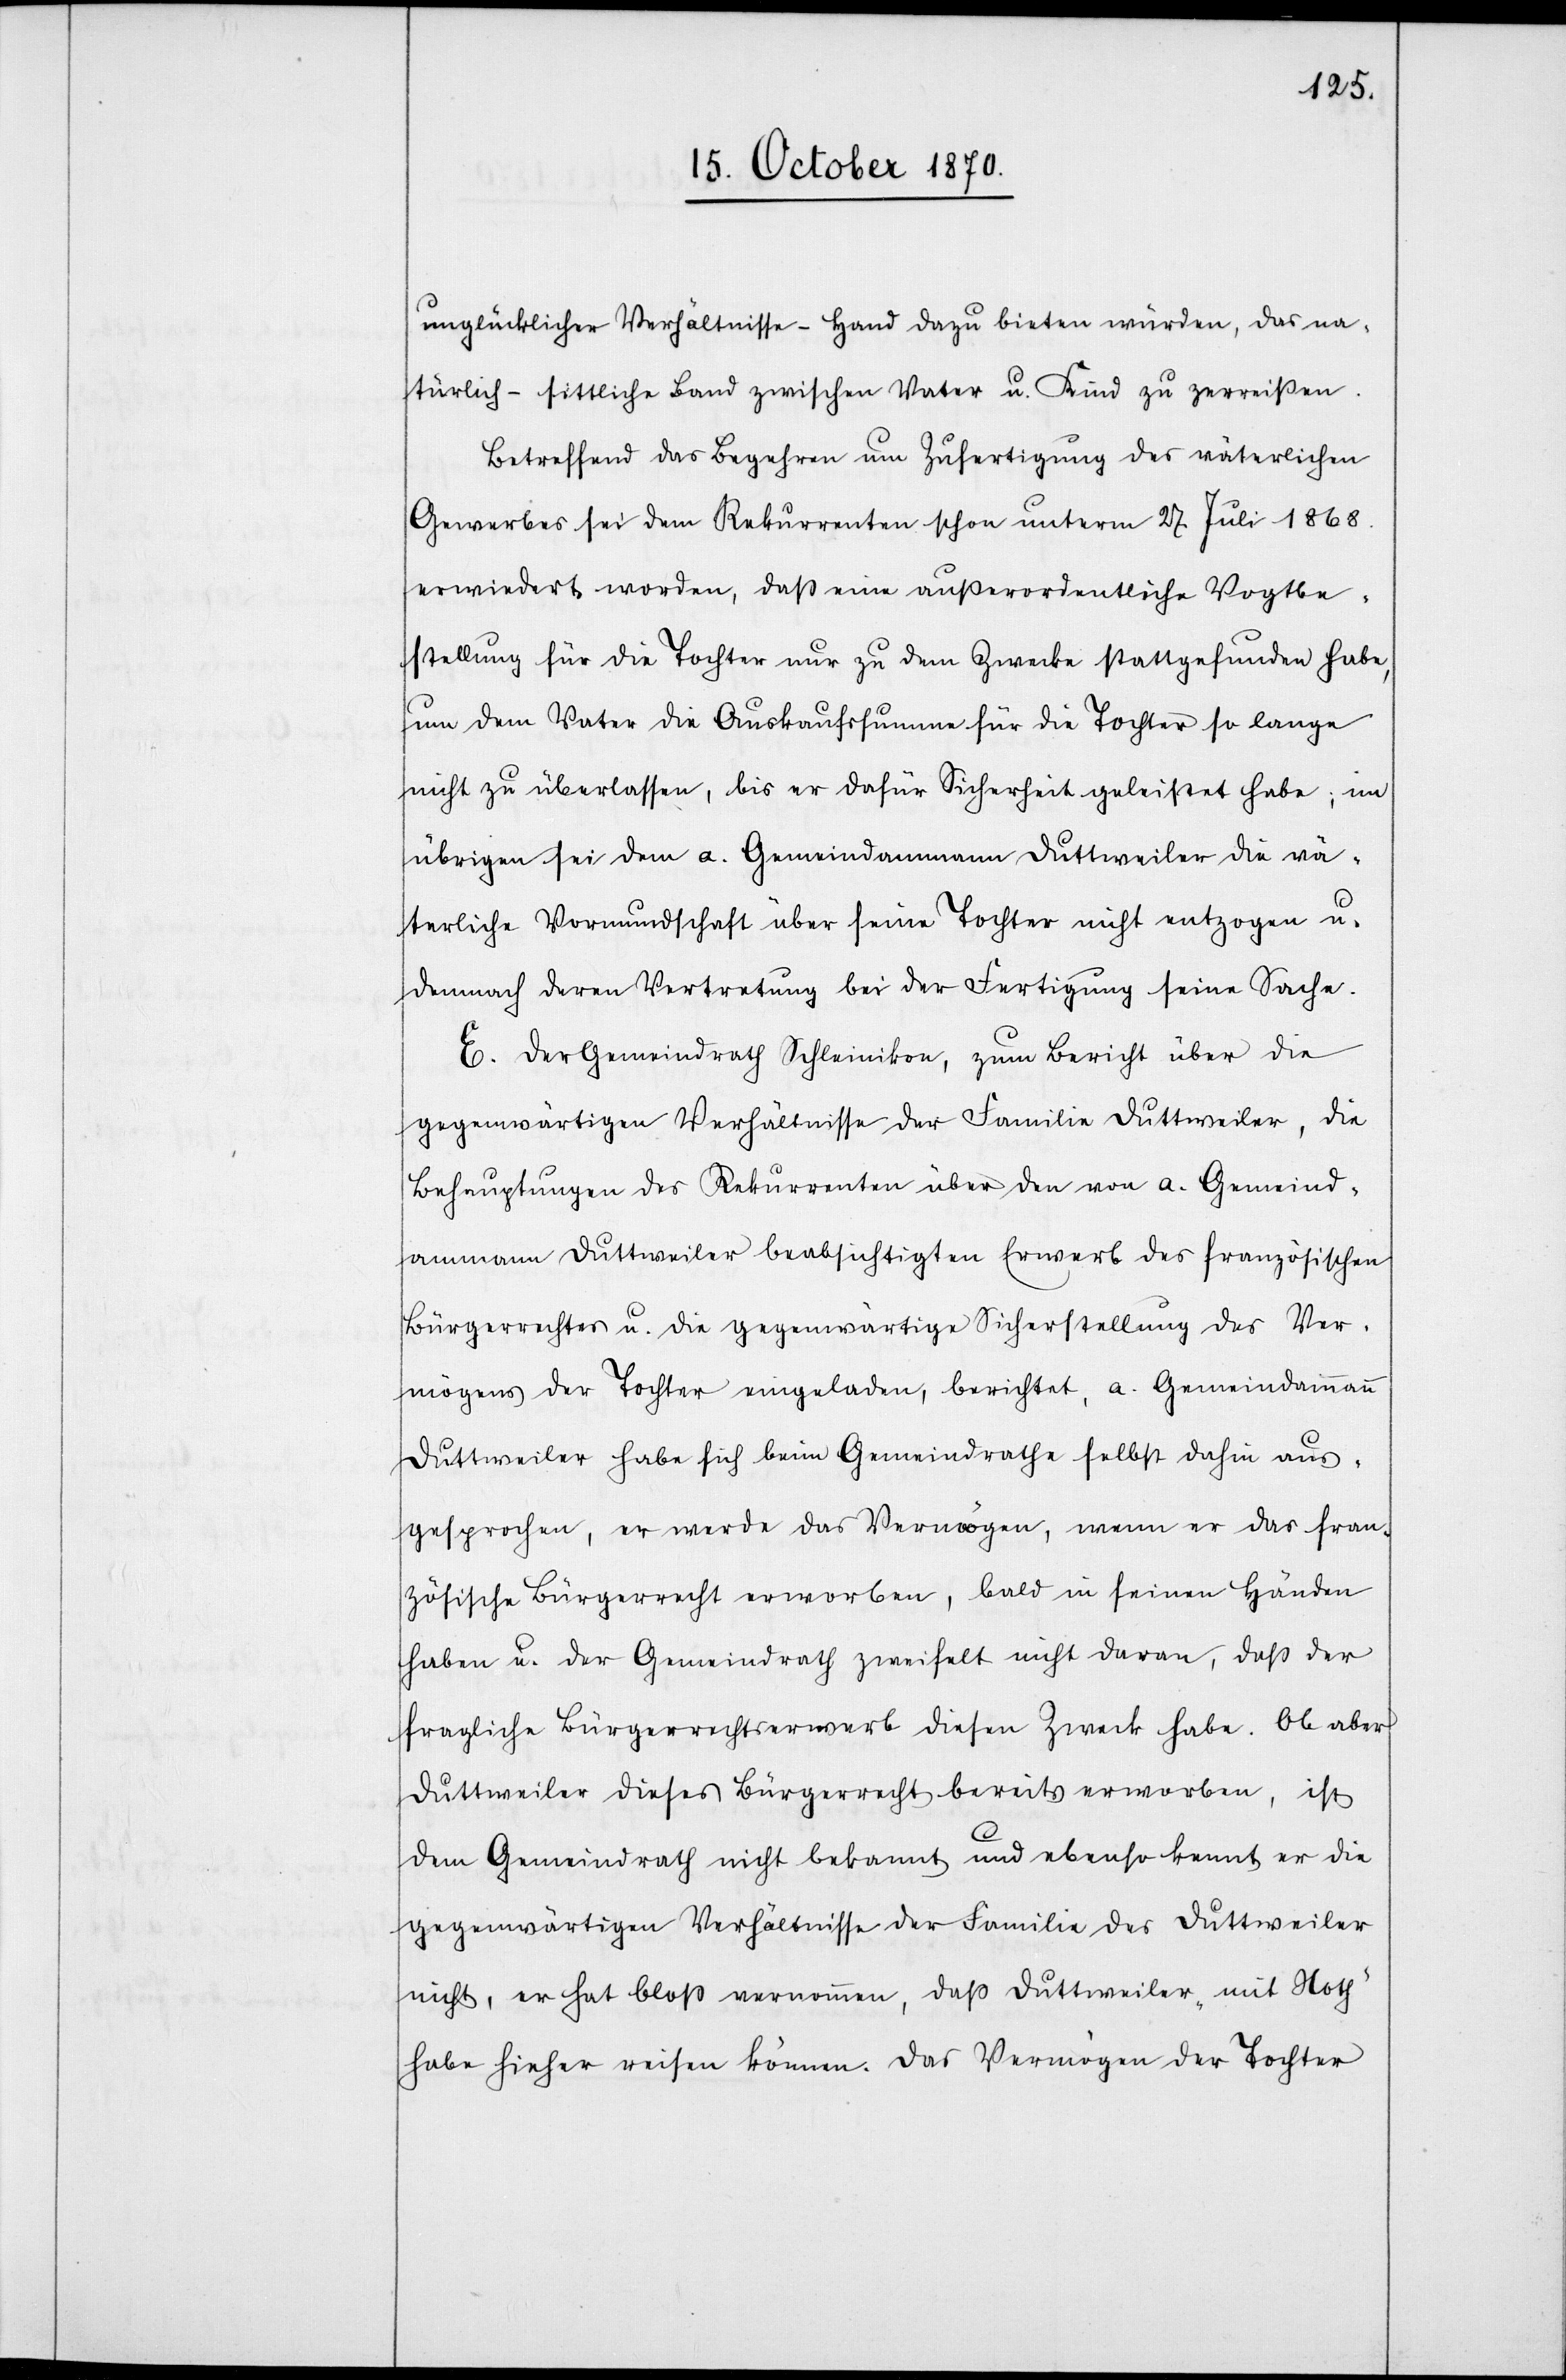
unglücklicher Verhältnisse – Hand dazu bieten würden, das na¬
türlich-sittliche Band zwischen Vater u. Kind zu zerreißen.
Betreffend das Begehren um Zufertigung des väterlichen
Gewerbes sei dem Rekurrenten schon unterm 27 Juli 1868.
erwiedert worden, daß eine außerordentliche Vogtbe¬
stellung für die Tochter nur zu dem Zwecke stattgefunden habe,
um dem Vater die Auskaufssumme für die Tochter so lange
nicht zu überlassen, bis er dafür Sicherheit geleistet habe; im
übrigen sei dem a. Gemeindammann Duttweiler die vä¬
terliche Vormundschaft über seine Tochter nicht entzogen u.
demnach deren Vertretung bei der Fertigung seine Sache.
E. Der Gemeindrath Schleinikon, zum Bericht über die
gegenwärtigen Verhältnisse der Familie Duttweiler, die
Behauptungen des Rekurrenten über den von a. Gemeind¬
ammann Duttweiler beabsichtigten Erwerb des französischen
Bürgerrechtes u. die gegenwärtige Sicherstellung des Ver¬
mögens der Tochter eingeladen, berichtet, a. Gemeindammann
Duttweiler habe sich beim Gemeindrathe selbst dahin aus¬
gesprochen, er werde das Vermögen, wenn er das fran¬
zösische Bürgerrecht erworben, bald in seinen Händen
haben u. der Gemeindrath zweifelt nicht daran, daß der
fragliche Bürgerrechtserwerb diesen Zweck habe. Ob aber
Duttweiler dieses Bürgerrecht bereits erworben, ist
dem Gemeindrath nicht bekannt und ebenso kennt er die
gegenwärtigen Verhältnisse der Familie des Duttweiler
nicht, er hat bloß vernommen, daß Duttweiler „mit Noth“
habe hierher reisen können. Das Vermögen der Tochter